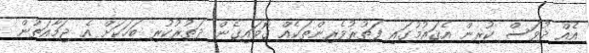
އެއް ދުވަސް ކުރިން އެޤައުމުގައި ފަތުރުވެރިންތަކެއް ގޮވައިގެން ދަތުރުކުރި ބަހަކަށް އެ ޖަމާއަތުން